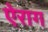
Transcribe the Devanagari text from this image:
ऐराग